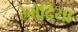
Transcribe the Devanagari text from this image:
रेमेदिया